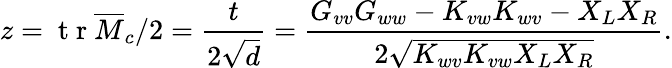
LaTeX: z=\mathrm{~t~r~}\overline{{M}}_{c}/2=\frac{t}{2\sqrt{d}}=\frac{G_{vv}G_{ww}-K_{vw}K_{wv}-X_{L}X_{R}}{2\sqrt{K_{wv}K_{vw}X_{L}X_{R}}}.